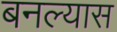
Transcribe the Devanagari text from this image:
बनल्यास